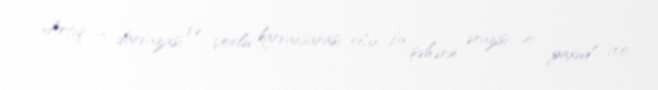
Artıq 12 darvazası və çoxlu karvansarası olan bu şəhərin ərazisi 40, yaxud 100